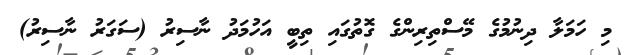
މި ހަމަލާ ދިނުމުގެ މޭސްތިރިންގެ ގޮތުގައި ތިބީ އަހުމަދު ނާސިރު (ސަގަރު ނާސިރު)